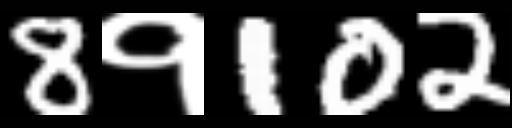
Text: 8१102